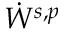
\Dot { W } ^ { s , p }